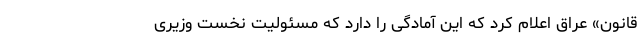
قانون» عراق اعلام کرد که این آمادگی را دارد که مسئولیت نخست وزیری